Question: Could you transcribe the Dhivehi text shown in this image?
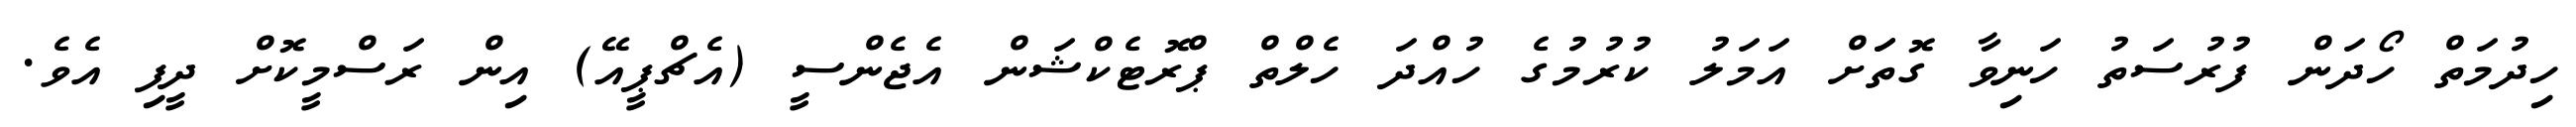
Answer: ހިދުމަތް ހޯދަން ފުރުސަތު ހަނިވާ ގޮތަަށް އަމަލު ކުރުމުގެ ހުއްދަ ހެލްތް ޕްރޮޓެކްޝަން އެޖެންސީ (އެޗްޕީއޭ) އިން ރަސްމީކޮށް ދީފި އެވެ.